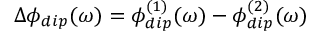
\Delta \phi _ { d i p } ( \omega ) = \phi _ { d i p } ^ { ( 1 ) } ( \omega ) - \phi _ { d i p } ^ { ( 2 ) } ( \omega )